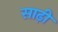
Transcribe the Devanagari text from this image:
साढ़ी